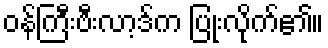
ဝန်ကြီးဗီးလာ့ဒ်က ပြုံးလိုက်၏။